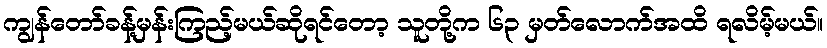
ကျွန်တော်ခန့်မှန်းကြည့်မယ်ဆိုရင်တော့ သူတို့က ၆၃ မှတ်လောက်အထိ ရလိမ့်မယ်။